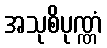
အသုစိပုဏ္ဏံ